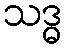
သဒ္ဓ